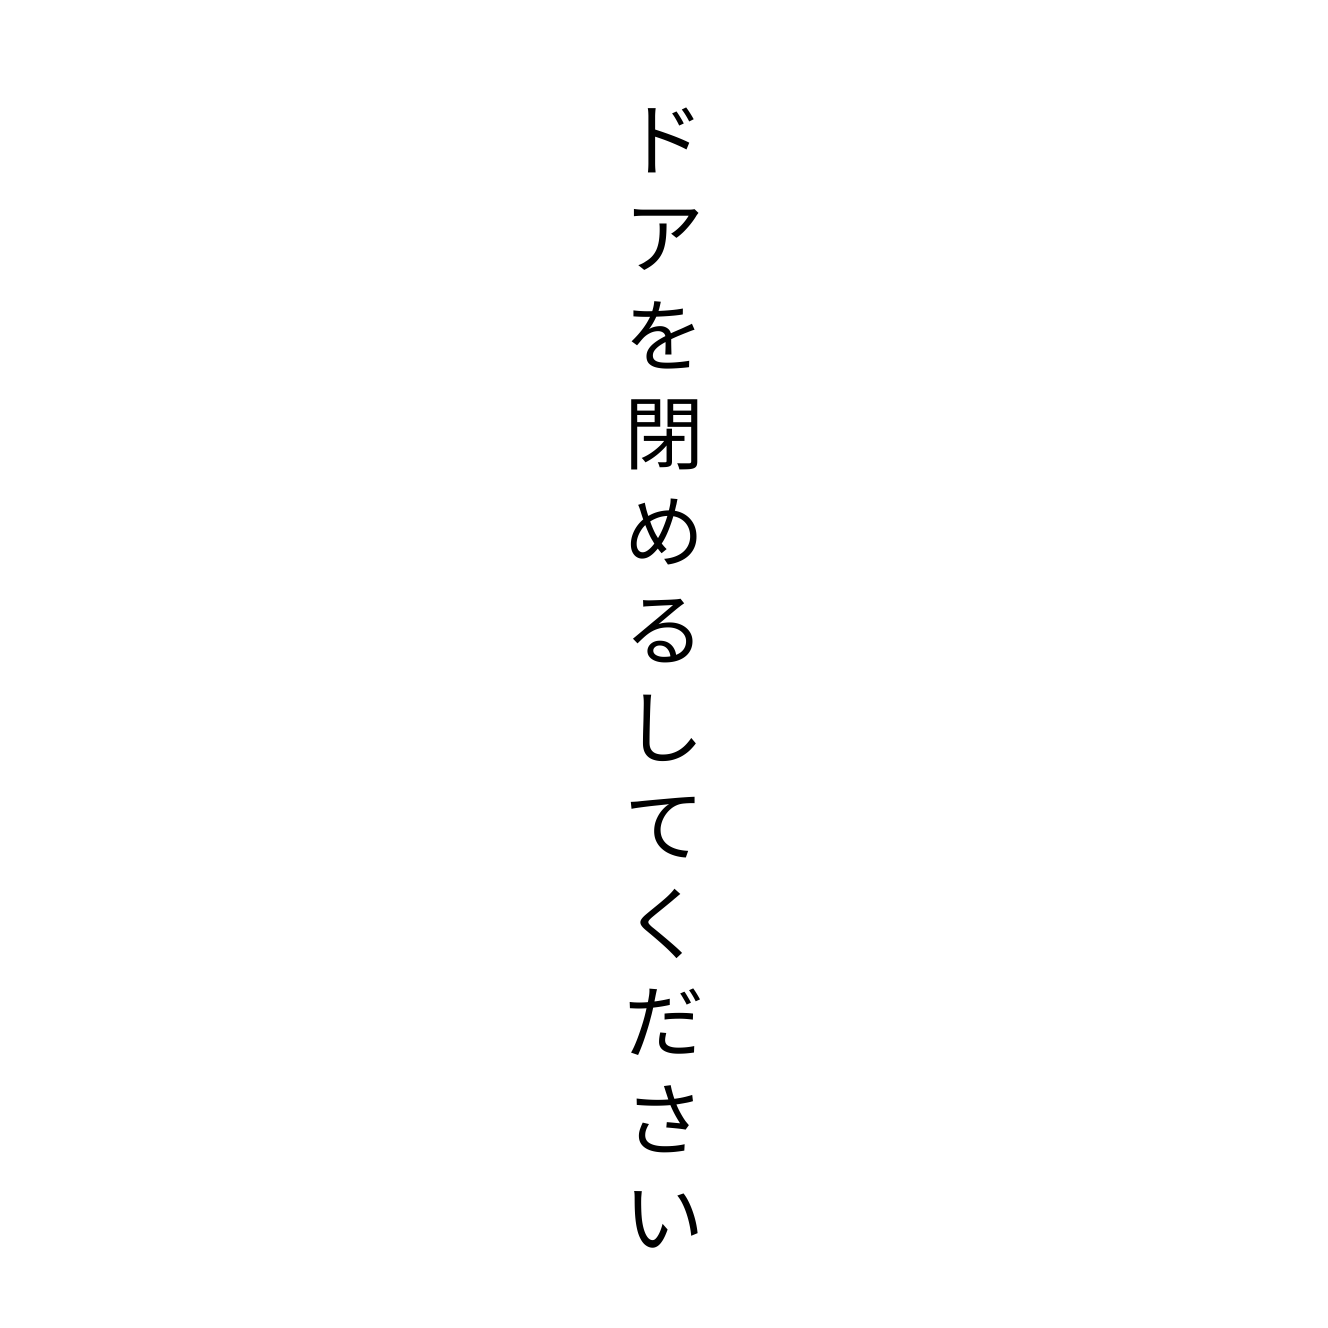
ドアを閉めるしてください